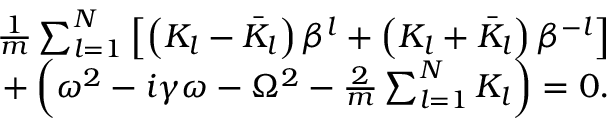
\begin{array} { r l r } & { } & { \frac { 1 } { m } \sum _ { l = 1 } ^ { N } \left[ \left( K _ { l } - \bar { K } _ { l } \right) \beta ^ { l } + \left( K _ { l } + \bar { K } _ { l } \right) \beta ^ { - l } \right] } \\ & { } & { + \left( \omega ^ { 2 } - i \gamma \omega - \Omega ^ { 2 } - \frac { 2 } { m } \sum _ { l = 1 } ^ { N } K _ { l } \right) = 0 . } \end{array}